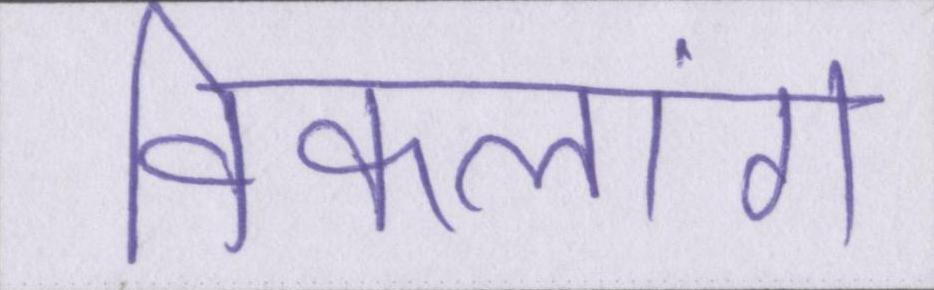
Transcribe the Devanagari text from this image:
विकलांग